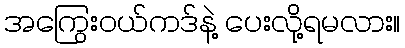
အကြွေးဝယ်ကဒ်နဲ့ ပေးလို့ရမလား။